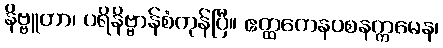
နိဗ္ဗူတာ၊ ပရိနိဗ္ဗာန်စံကုန်ပြီ။ ဧတ္ထကေနဝစနက္ကမေန၊